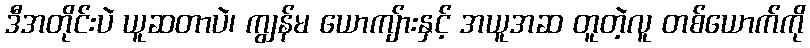
ဒီအတိုင်းပဲ ယူဆတာပဲ၊ ကျွန်မ ယောကျ်ားနှင့် အယူအဆ တူတဲ့လူ တစ်ယောက်ကို